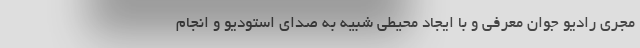
مجری رادیو جوان معرفی و با ایجاد محیطی شبیه به صدای استودیو و انجام